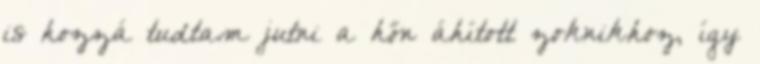
is hozzá tudtam jutni a hőn áhított zoknikhoz, így